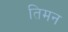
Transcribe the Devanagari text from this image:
तिमन